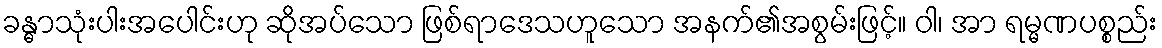
ခန္ဓာသုံးပါးအပေါင်းဟု ဆိုအပ်သော ဖြစ်ရာဒေသဟူသော အနက်၏အစွမ်းဖြင့်။ ဝါ၊ အာ ရမ္မဏပစ္စည်း